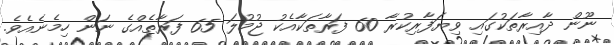
ނޫން ދާއިރާތަކުގައި ވިޔަފާރިކުރާ 60 ފަރާތަކާއެކު ޖުމުލަ 65 ފަރާތެއްގެ ނަން ހިމެނެއެވެ.